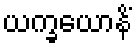
ယက္ခယောနိံ